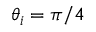
\theta _ { i } = \pi / 4